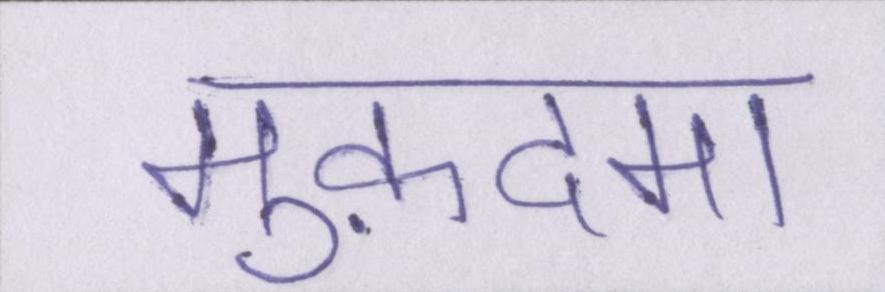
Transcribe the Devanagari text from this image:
मुक़दमा